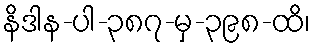
နိဒါန-ပါ-၃၈၇-မှ-၃၉၈-ထိ၊